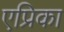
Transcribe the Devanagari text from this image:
एप्रिका